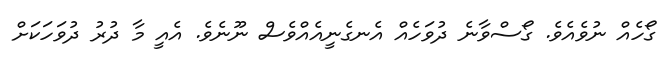
ގޯހެއް ނުވެއެވެ. ގޯސްވާނެ ދުވަހެއް އެނގެނީއެއްވެސް ނޫނެވެ. އެއީ މާ ދުރު ދުވަހަކަށް